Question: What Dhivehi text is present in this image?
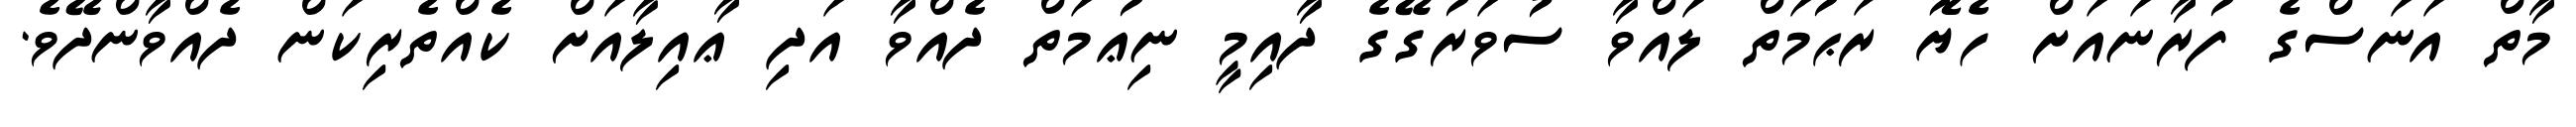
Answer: މާތް އަނަސްގެ ފުރާނައަށް ހެޔޮ ރަޙުމަތް ލައްވާ ސުވަރުގޭގެ ދާއިމީ ނިޢުމަތް ދެއްވާ އަދި ޢާއިލާއަށް ކެއްތެރިކަން ދެއްވާންދޭވެ.